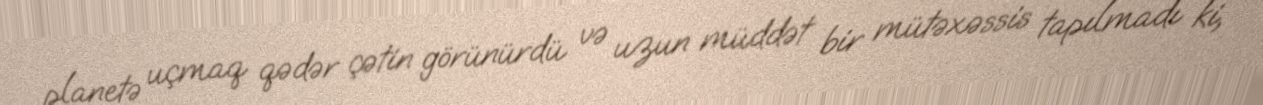
planetə uçmaq qədər çətin görünürdü və uzun müddət bir mütəxəssis tapılmadı ki,